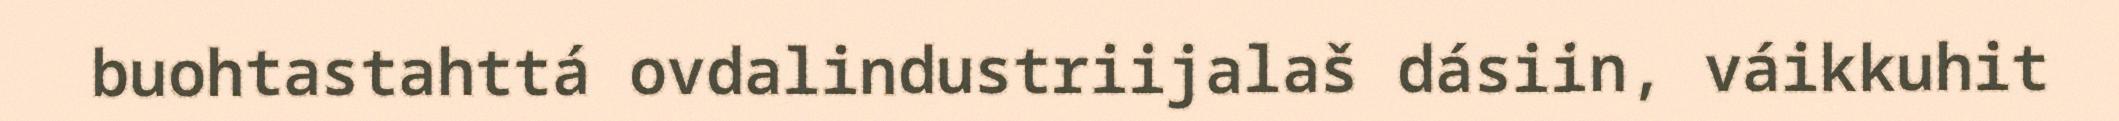
buohtastahttá ovdalindustriijalaš dásiin, váikkuhit